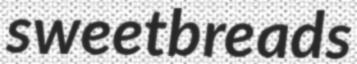
sweetbreads